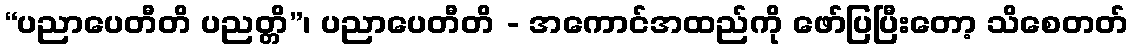
“ပညာပေတီတိ ပညတ္တိ”၊ ပညာပေတီတိ - အကောင်အထည်ကို ဖော်ပြပြီးတော့ သိစေတတ်